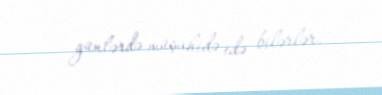
günlərdə müşahidə edə bilərlər.